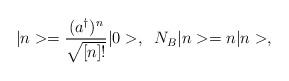
LaTeX: \begin{align*}|n>=\frac{(a^{\dagger })^n}{\sqrt{[n]!}}|0>,\;\;N_B|n>=n|n>,\end{align*}